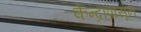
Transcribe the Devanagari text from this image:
केन्द्रापासून